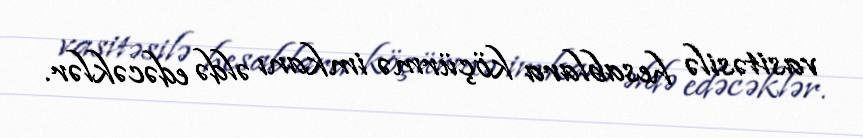
vasitəsilə hesablara köçürmə imkanı əldə edəcəklər.